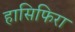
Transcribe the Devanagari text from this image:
हासिफिरा